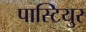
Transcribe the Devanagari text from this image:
पास्टियुर